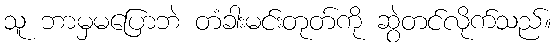
သူ ဘာမှမပြောဘဲ တံခါးမင်းတုတ်ကို ဆွဲတင်လိုက်သည်။